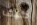
كيف